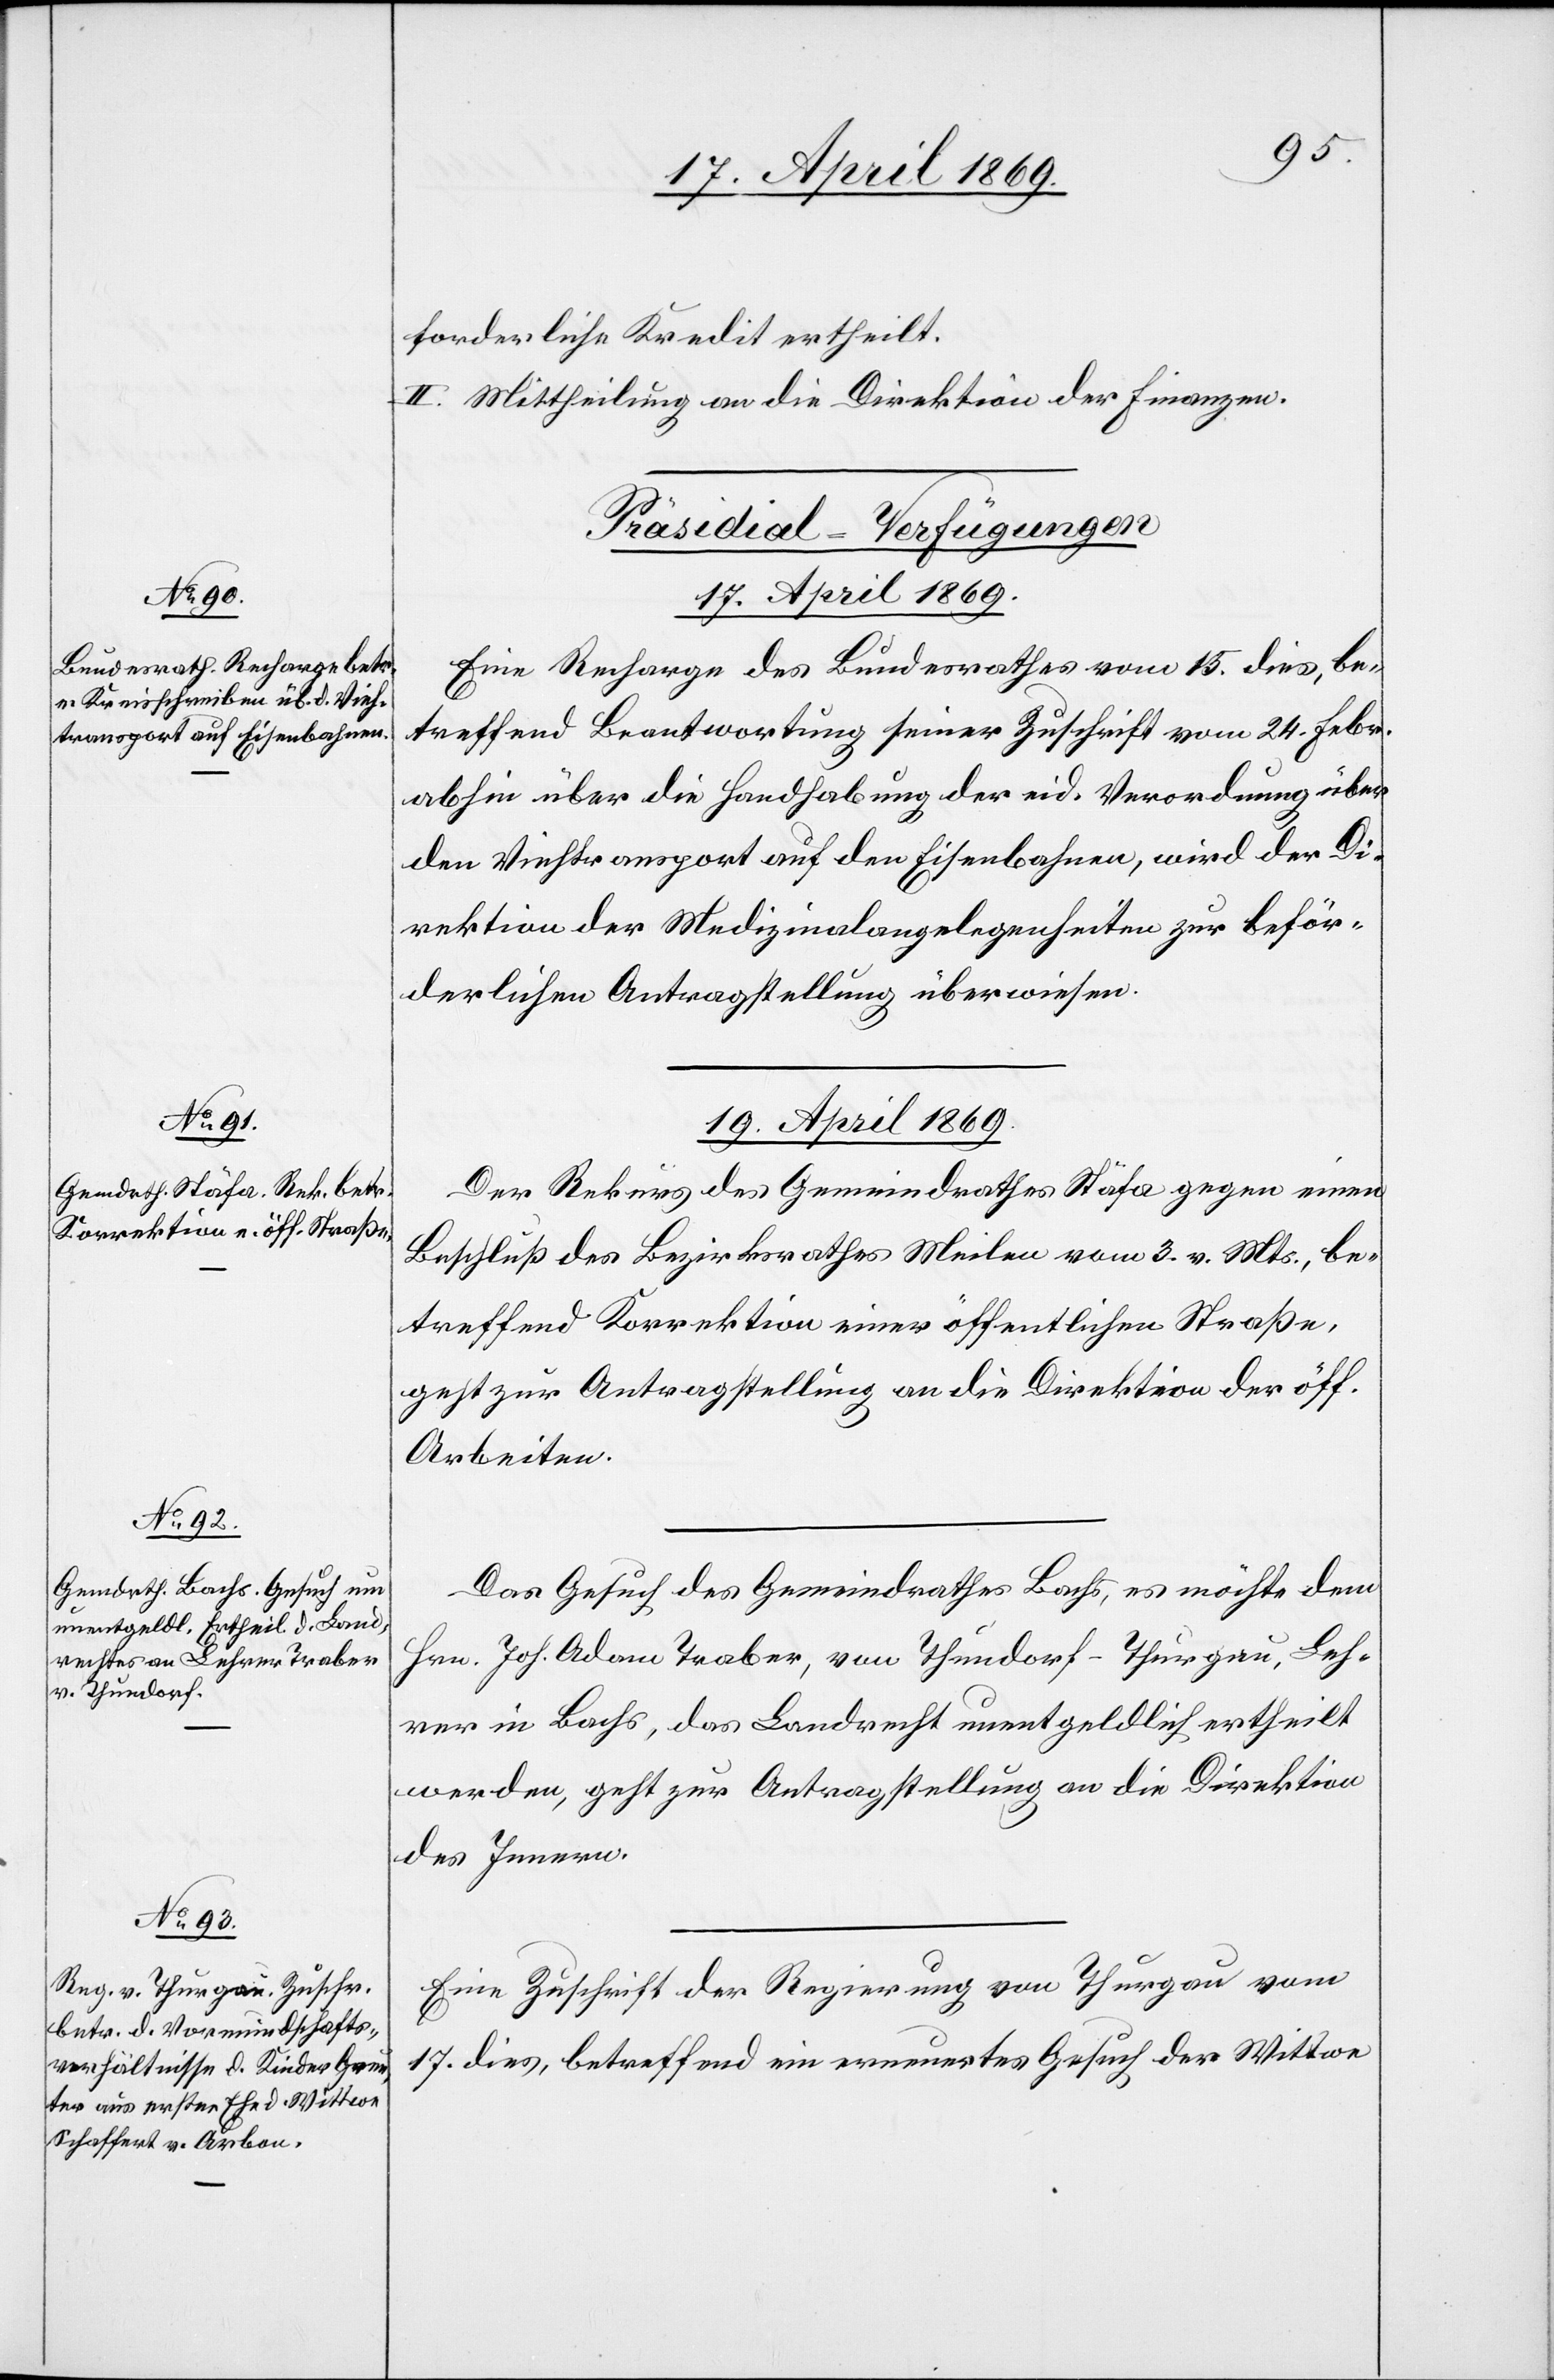
forderliche Kredit ertheilt.
II. Mittheilung an die Direktion der Finanzen.
[Präsidial-Verfügungen.
17. April 1869.
Eine Recharge des Bundesrathes vom 15. dies, be¬
treffend Beantwortung seiner Zuschrift vom 24. Febr.
abhin über die Handhabung der eid. Verordnung über
den Viehtransport auf den Eisenbahnen, wird der Di¬
rektion der Medizinalangelegenheiten zur beför¬
derlichen Antragstellung überwiesen.
19. April 1869.]
Der Rekurs des Gemeindrathes Stäfa gegen einen
Beschluß des Bezirksrathes Meilen vom 3. v. Mts., be¬
treffend Korrektion einer öffentlichen Straße,
geht zur Antragstellung an die Direktion der öff.
Arbeiten.
Das Gesuch des Gemeindrathes Bachs, es möchte dem
Hrn. Joh. Adam Traber, von Thundorf - Thurgau, Leh¬
rer in Bachs, das Landrecht unentgeldlich ertheilt
werden, geht zur Antragstellung an die Direktion
des Innern.
Eine Zuschrift der Regierung von Thurgau vom
17. dies, betreffend ein erneuertes Gesuch der Wittwe